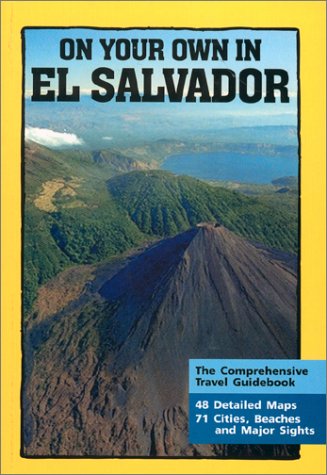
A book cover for On Your Own in El Salvador, 2nd Edition; Ginger Otis; Travel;